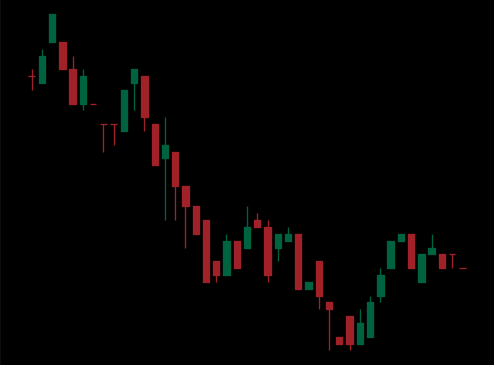
Pattern: bull_flag